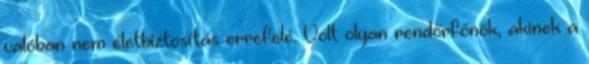
valóban nem életbiztosítás errefelé. Volt olyan rendőrfőnök, akinek a